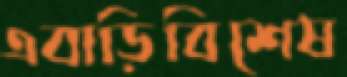
এবাড়িবিশেষ